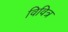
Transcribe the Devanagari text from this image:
विवित्र